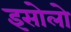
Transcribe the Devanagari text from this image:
इसोलो